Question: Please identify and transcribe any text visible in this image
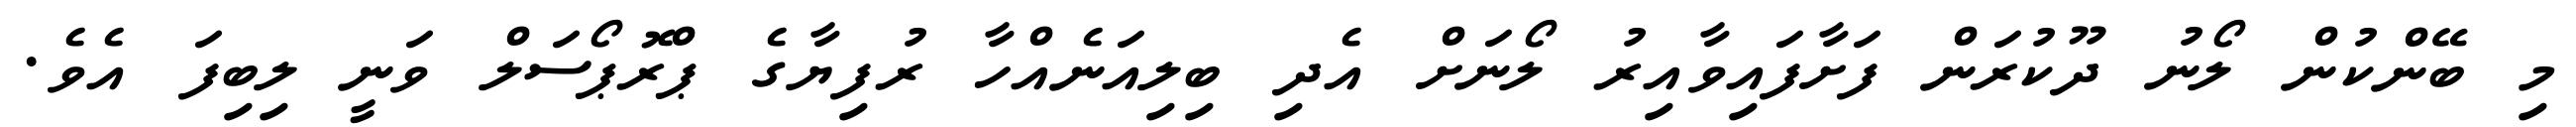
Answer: މި ބޭންކުން ލޯނު ދޫކުރަން ފަށާފައިވާއިރު ލޯނަށް އެދި ބިލިއަނެއްހާ ރުފިޔާގެ ޕްރޮޕޯސަލް ވަނީ ލިބިފަ އެވެ.